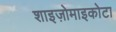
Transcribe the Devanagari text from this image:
शाइज़ोमाइकोटा